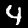
Label: 4